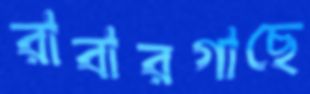
রাবারগাছে